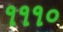
૧૧૧૦